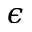
\epsilon